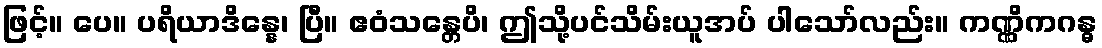
ဖြင့်။ ပေ။ ပရိယာဒိန္နေ၊ ပြီ။ ဧဝံသန္တေပိ၊ ဤသို့ပင်သိမ်းယူအပ် ပါသော်လည်း။ ကဏ္ဏိကဂန္ဓ